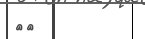
٦١